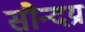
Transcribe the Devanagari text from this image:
सौन्दय्र